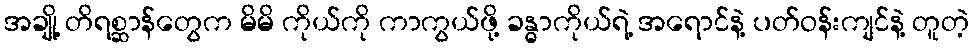
အချို့ တိရစ္ဆာန်တွေက မိမိ ကိုယ်ကို ကာကွယ်ဖို့ ခန္ဓာကိုယ်ရဲ့ အရောင်နဲ့ ပတ်ဝန်းကျင်နဲ့ တူတဲ့